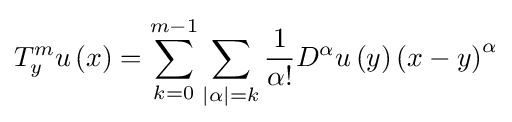
T_{y}^{m}u\left(x\right)=\sum \limits _{k=0}^{m-1}\sum \limits _{\left\vert \alpha \right\vert =k}{\frac {1}{\alpha !}}D^{\alpha }u\left(y\right)\left(x-y\right)^{\alpha }